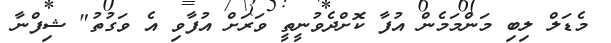
މެޑަލް ލިބި މަންމަމެން އުފާ ކޮށްދެވުނީތީ ވަރަށް އުފާވި އެ ވަގުތު" ޝިފްނާ